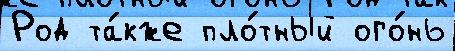
Род та́кже пло́тный ого́нь